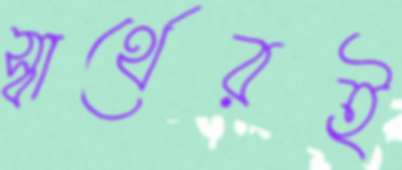
স্বার্থেরই